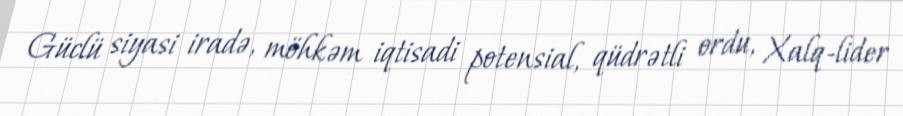
Güclü siyasi iradə, möhkəm iqtisadi potensial, qüdrətli ordu, Xalq-lider